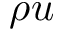
\rho u